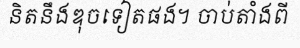
និតនឹងឌុចទៀតផង។ ចាប់តាំងពី